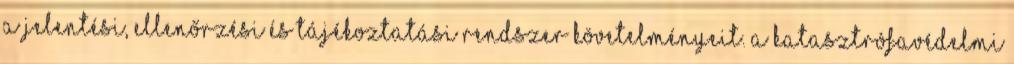
a jelentési, ellenőrzési és tájékoztatási rendszer követelményeit. A katasztrófavédelmi